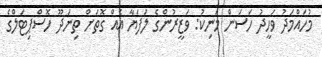
މުހައްމަދު ވަހީދު ހަސަން މަނިކު: ވަޒީރުންގެ ލަފަޔާ އެއް ގޮތަށް ތިނަދޫ ހޮސްޕިޓަލްގެ